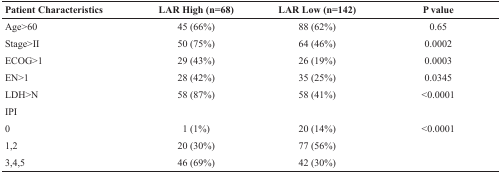
<table><thead><tr><td><b>Patient Characteristics</b></td><td><b>LAR High (n=68)</b></td><td><b>LAR Low (n=142)</b></td><td><b>P value</b></td></tr></thead><tbody><tr><td>Age&gt;60</td><td>45 (66%)</td><td>88 (62%)</td><td>0.65</td></tr><tr><td>Stage&gt;II</td><td>50 (75%)</td><td>64 (46%)</td><td>0.0002</td></tr><tr><td>ECOG&gt;1</td><td>29 (43%)</td><td>26 (19%)</td><td>0.0003</td></tr><tr><td>EN&gt;1</td><td>28 (42%)</td><td>35 (25%)</td><td>0.0345</td></tr><tr><td>LDH&gt;N</td><td>58 (87%)</td><td>58 (41%)</td><td>&lt;0.0001</td></tr><tr><td>IPI</td><td></td><td></td><td></td></tr><tr><td>0</td><td>1 (1%)</td><td>20 (14%)</td><td>&lt;0.0001</td></tr><tr><td>1,2</td><td>20 (30%)</td><td>77 (56%)</td><td></td></tr><tr><td>3,4,5</td><td>46 (69%)</td><td>42 (30%)</td><td></td></tr></tbody></table>